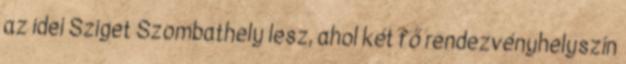
az idei Sziget Szombathely lesz, ahol két fő rendezvényhelyszín